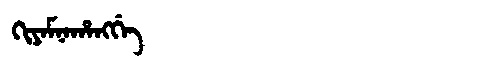
Manchu: ᡴᡳᠶᠠᠮᠨᠠᡥᠠᠩᡤᡝ
Romanization: KIYAMNAHANGGE